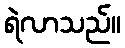
ရဲလာသည်။